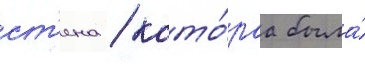
ст'ена / кото́раа была́